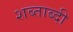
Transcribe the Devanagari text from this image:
शब्ताब्दी